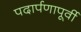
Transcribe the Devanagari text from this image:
पदार्पणापूर्वी